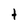
Character: t